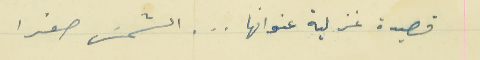
قصيدة غزلية عنوانها  .  .  .  الشمسَ صفرا